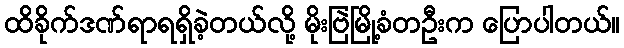
ထိခိုက်ဒဏ်ရာရရှိခဲ့တယ်လို့ မိုးဗြဲမြို့ခံတဦးက ပြောပါတယ်။